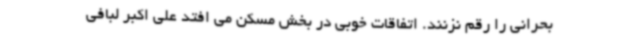
بحرانی را رقم نزنند. اتفاقات خوبی در بخش مسکن می افتد علی اکبر لبافی